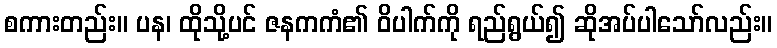
စကားတည်း။ ပန၊ ထိုသို့ပင် ဇနကကံ၏ ဝိပါက်ကို ရည်ရွယ်၍ ဆိုအပ်ပါသော်လည်း။